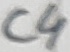
Text: C4